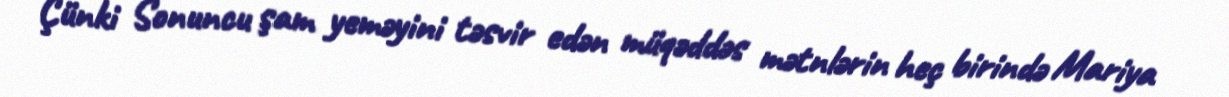
Çünki Sonuncu şam yeməyini təsvir edən müqəddəs mətnlərin heç birində Mariya